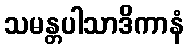
သမန္တပါသာဒိကာနံ